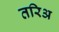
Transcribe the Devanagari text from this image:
तरिअ